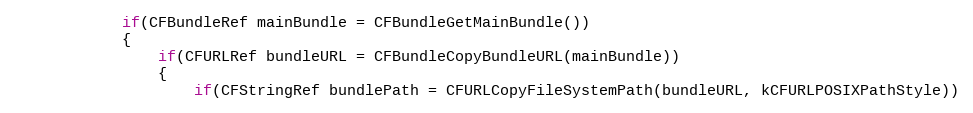
Language: C++
			if(CFBundleRef mainBundle = CFBundleGetMainBundle())
			{
				if(CFURLRef bundleURL = CFBundleCopyBundleURL(mainBundle))
				{
					if(CFStringRef bundlePath = CFURLCopyFileSystemPath(bundleURL, kCFURLPOSIXPathStyle))